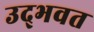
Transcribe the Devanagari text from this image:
उद्‌भवत